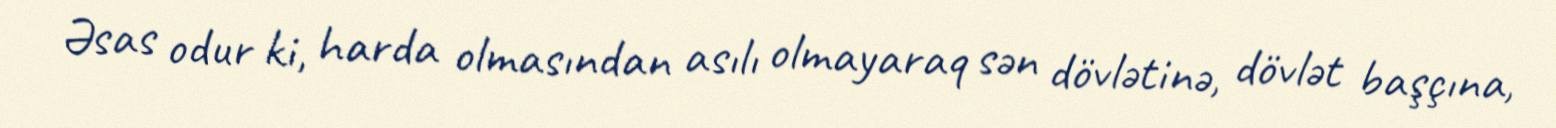
Əsas odur ki, harda olmasından asılı olmayaraq sən dövlətinə, dövlət başçına,